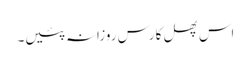
اس پھل کا رس روزانہ پئیں۔